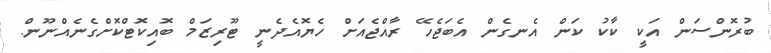
ބުރޮންސަން އަކީ ކާކު ކަން އެނގެން އެބަޖެހޭ ރާއްޖެއަށް ހެޔޮއެދެނީ ޓޫރިޒަމް ބޮއިކޮޓްކޮށްގެނެއްނޫން.